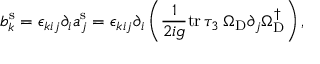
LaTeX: b _ { k } ^ { \mathrm { s } } = \epsilon _ { k i j } \partial _ { i } a _ { j } ^ { \mathrm { s } } = \epsilon _ { k i j } \partial _ { i } \left( \frac { 1 } { 2 i g } \mathrm { t r } \, \tau _ { 3 } \, \Omega _ { \mathrm { D } } \partial _ { j } \Omega _ { \mathrm { D } } ^ { \dagger } \right) ,